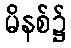
မိနစ်၌